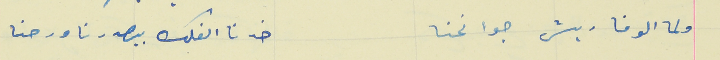
ولما الوفا ريش جوانحنا                                خدنا الفلك بيصدرنا ورحنا